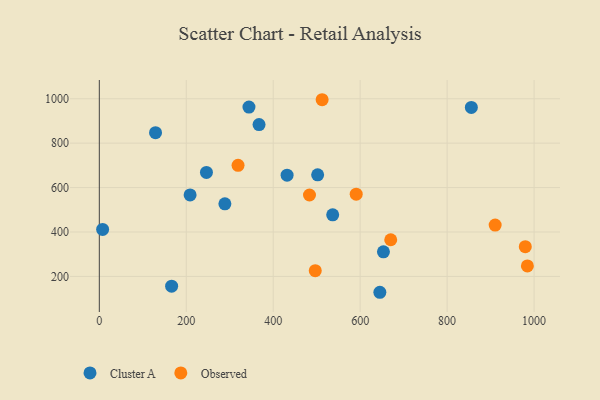
{"axis": {"x": "Study Hours", "y": "Salary"}, "legend": ["Cluster A", "Observed"], "data": [{"x": "166.3", "y": 155.9, "type": "Cluster A"}, {"x": "536.8", "y": 477.5, "type": "Cluster A"}, {"x": "502.2", "y": 657.3, "type": "Cluster A"}, {"x": "645.3", "y": 128.6, "type": "Cluster A"}, {"x": "208.8", "y": 566.9, "type": "Cluster A"}, {"x": "129.3", "y": 847.1, "type": "Cluster A"}, {"x": "653.5", "y": 310.8, "type": "Cluster A"}, {"x": "344.2", "y": 962.4, "type": "Cluster A"}, {"x": "288.8", "y": 526.8, "type": "Cluster A"}, {"x": "246.4", "y": 668.1, "type": "Cluster A"}, {"x": "367.4", "y": 883.5, "type": "Cluster A"}, {"x": "855.7", "y": 960.9, "type": "Cluster A"}, {"x": "431.9", "y": 655.7, "type": "Cluster A"}, {"x": "7.6", "y": 411.4, "type": "Cluster A"}, {"x": "984.6", "y": 247.3, "type": "Observed"}, {"x": "590.9", "y": 570.5, "type": "Observed"}, {"x": "319.1", "y": 700.0, "type": "Observed"}, {"x": "910.5", "y": 431.0, "type": "Observed"}, {"x": "483.4", "y": 566.6, "type": "Observed"}, {"x": "512.5", "y": 995.6, "type": "Observed"}, {"x": "979.8", "y": 334.1, "type": "Observed"}, {"x": "496.7", "y": 225.9, "type": "Observed"}, {"x": "670.3", "y": 365.0, "type": "Observed"}]}